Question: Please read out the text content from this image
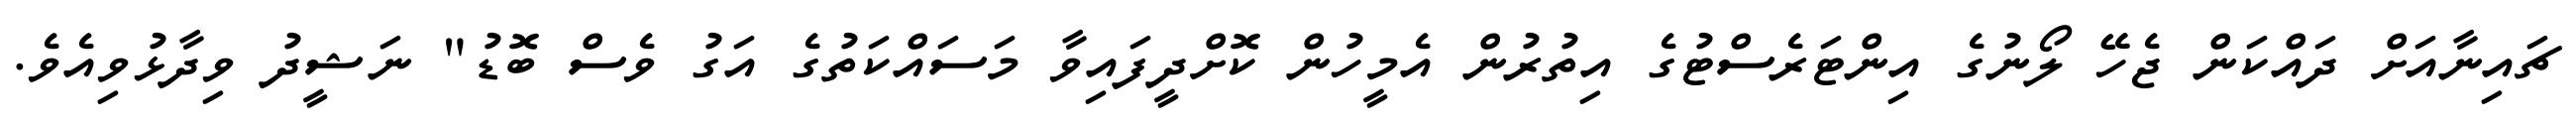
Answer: ޗައިނާއަށް ދައްކަން ޖެހޭ ލޯނުގެ އިންޓަރެސްޓުގެ އިތުރުން އެމީހުން ކޮށްދީފައިވާ މަސައްކަތުގެ އަގު ވެސް ބޮޑު" ނަޝީދު ވިދާޅުވިއެވެ.